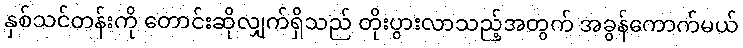
နှစ်သင်တန်းကို တောင်းဆိုလျှက်ရှိသည် တိုးပွားလာသည့်အတွက် အခွန်ကောက်မယ်